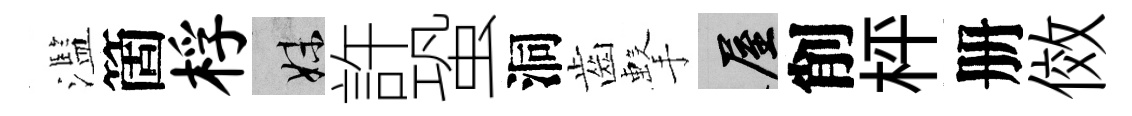
濫箇桴妹許蛩洞齒擊屋削枰册傚